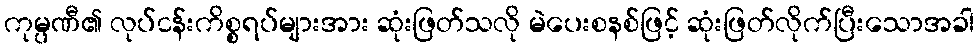
ကုမ္ပဏီ၏ လုပ်ငန်းကိစ္စရပ်များအား ဆုံးဖြတ်သလို မဲပေးစနစ်ဖြင့် ဆုံးဖြတ်လိုက်ပြီးသောအခါ